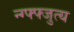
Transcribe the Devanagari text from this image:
न्ग्फ्फ्जुत्य